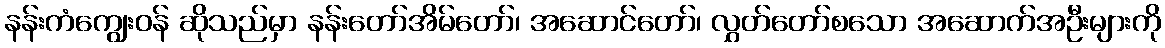
နန်းကံကျွေးဝန် ဆိုသည်မှာ နန်းတော်အိမ်တော်၊ အဆောင်တော်၊ လွှတ်တော်စသော အဆောက်အဦးများကို